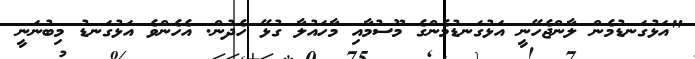
"އަޅުގަނޑުމެން ލާންޖެހޭނީ އަޅުގަނޑުމެންގެ މޫސުމާއި މާހައުލާ ގުޅޭ ހެދުން. އެހެންވެ އަޅުގަނޑު މިބުނަނީ